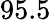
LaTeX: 95.5